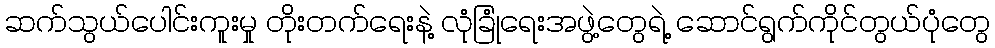
ဆက်သွယ်ပေါင်းကူးမှု တိုးတက်ရေးနဲ့ လုံခြုံရေးအဖွဲ့တွေရဲ့ ဆောင်ရွက်ကိုင်တွယ်ပုံတွေ